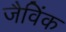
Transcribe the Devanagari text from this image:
जैविंक